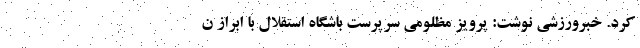
کرد. خبرورزشی نوشت: پرویز مظلومی سرپرست باشگاه استقلال با ابراز ن